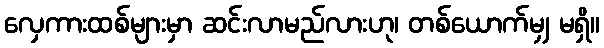
လှေကားထစ်များမှာ ဆင်းလာမည်လားဟု၊ တစ်ယောက်မျှ မရှိ။